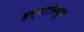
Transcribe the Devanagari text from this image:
इग्नासियुस